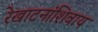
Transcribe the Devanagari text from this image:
रेखाटनांशिवाय